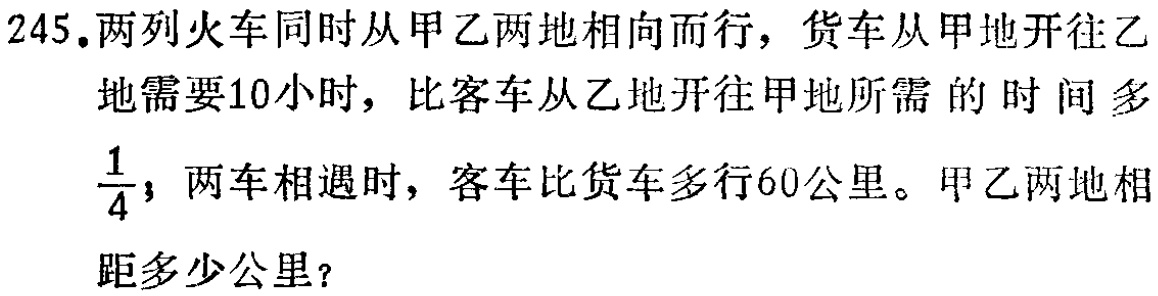
245.两列火车同时从甲乙两地相向而行，货车从甲地开往乙地需要10小时，比客车从乙地开往甲地所需的时间多$\frac{1}{4}$，两车相遇时，客车比货车多行60公里。甲乙两地相距多少公里？